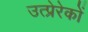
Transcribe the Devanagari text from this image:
उत्प्रेरेकों